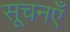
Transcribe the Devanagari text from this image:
सूचनएँ